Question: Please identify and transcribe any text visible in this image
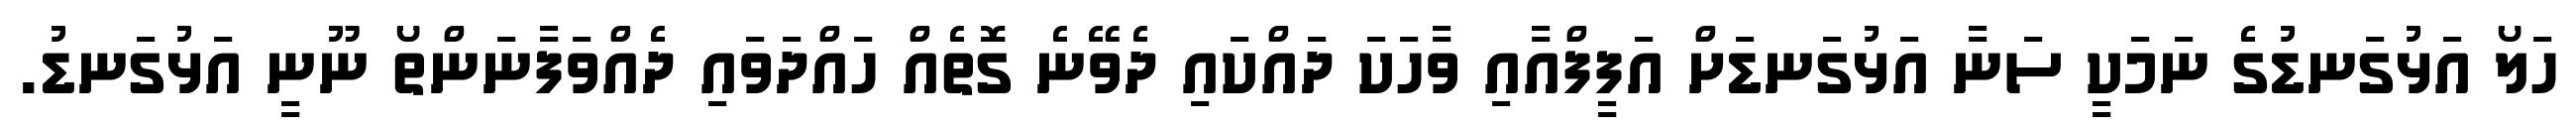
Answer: ހަލޯ އަޅުގަނޑުގެ ނަމަކީ ސަނާ އަޅުގަނޑަށް އަފީފްއާއި ވާހަކަ ދައްކައި ދެވޭނެ ގޮތެއް ހައްދަވައި ދެއްވަފާނަންތޯ ނޫނީ އަޅުގަނޑު.